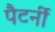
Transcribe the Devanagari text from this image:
पैटर्नी